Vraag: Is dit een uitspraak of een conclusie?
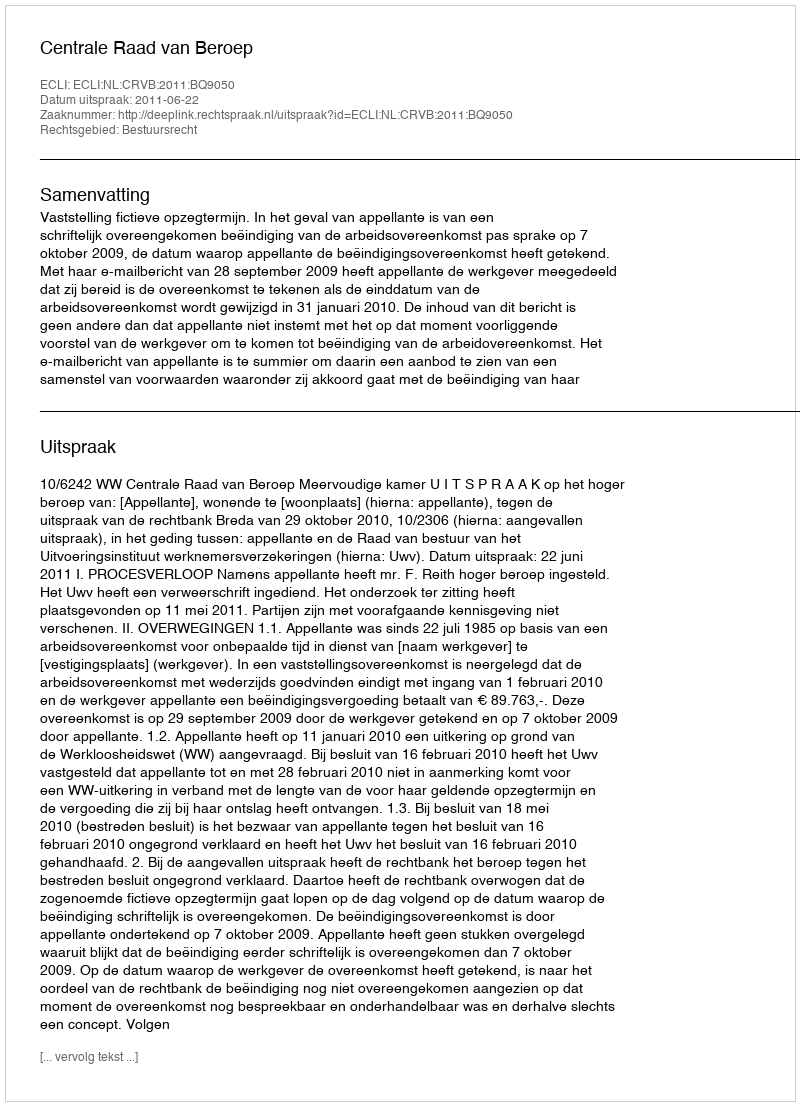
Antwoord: Uitspraak